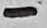
Text: -